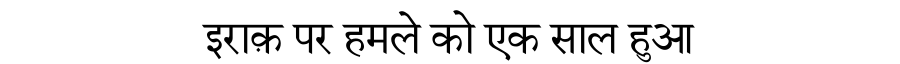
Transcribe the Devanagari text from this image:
इराक़ पर हमले को एक साल हुआ